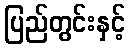
ပြည်တွင်းနှင့်